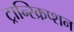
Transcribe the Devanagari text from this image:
ट्रान्स्क्रिप्शन